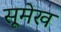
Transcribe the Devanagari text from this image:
सूमेख